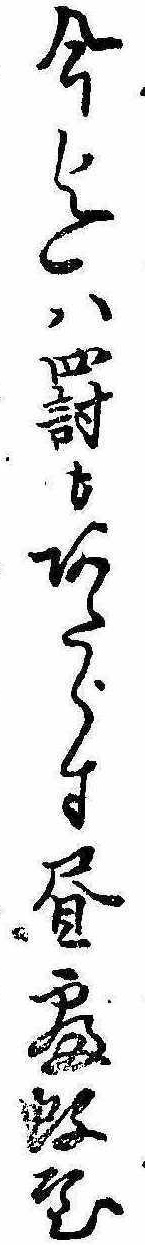
今迄は罰もあたらす昼寝蚊屋